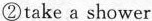
②take a shower